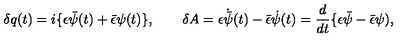
\delta q ( t ) = i \{ \epsilon \bar { \psi } ( t ) + \bar { \epsilon } \psi ( t ) \} , \qquad \delta A = \epsilon \dot { \bar { \psi } } ( t ) - \bar { \epsilon } \dot { \psi } ( t ) = { \frac { d } { d t } } \{ \epsilon \bar { \psi } - \bar { \epsilon } \psi ) ,